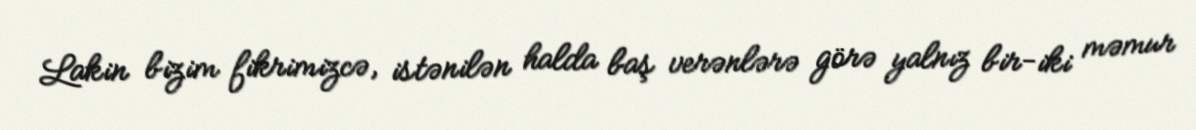
Lakin bizim fikrimizcə, istənilən halda baş verənlərə görə yalnız bir-iki məmur